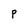
Character: P